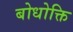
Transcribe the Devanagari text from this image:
बोधोक्ति